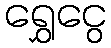
ရွှေငွေ